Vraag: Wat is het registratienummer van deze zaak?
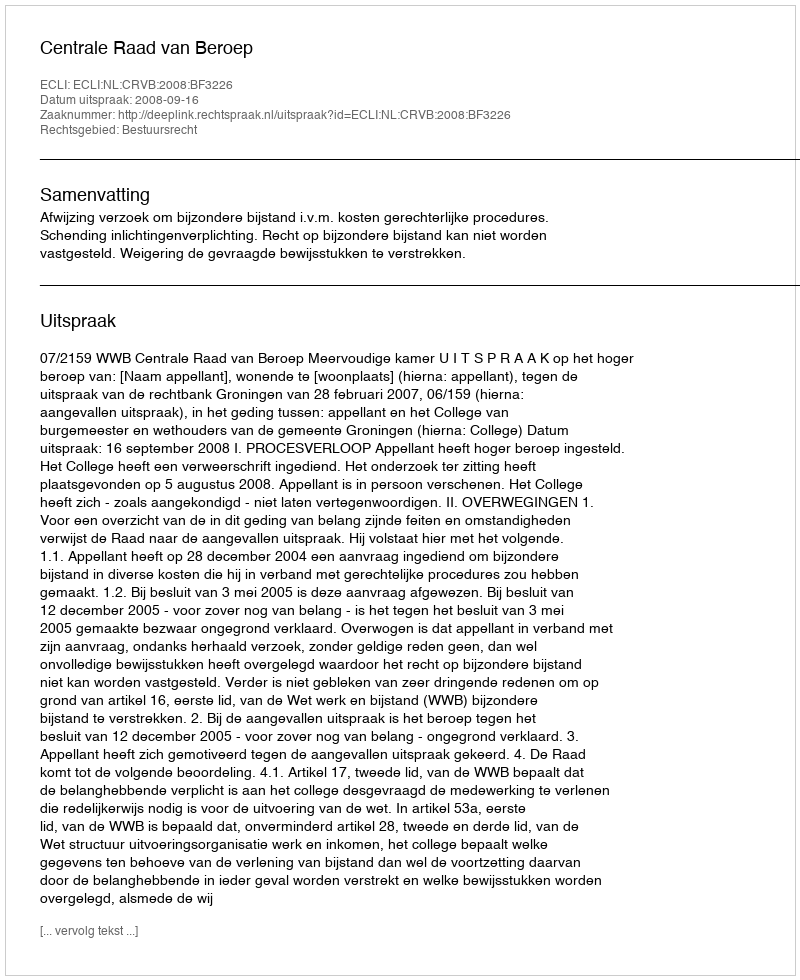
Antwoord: http://deeplink.rechtspraak.nl/uitspraak?id=ECLI:NL:CRVB:2008:BF3226